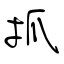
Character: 抓